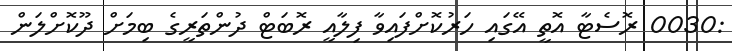
:0030 ރޮސެޓާ އޮތީ އޭގައި ހަރުކޮށްފައިވާ ފިލާއީ ރޮބަޓް ދުންތަރީގެ ބިމަށް ދޫކޮށްލަން